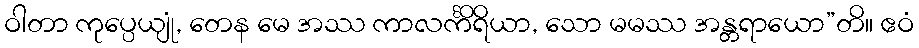
ဝါတာ ကုပ္ပေယျုံ, တေန မေ အဿ ကာလင်္ကိရိယာ, သော မမဿ အန္တရာယော”တိ။ ဧဝံ